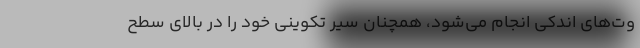
وت‌های اندکی انجام می‌شود، همچنان سیر تکوینی خود را در بالای سطح